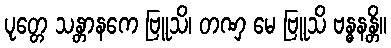
ပုတ္တေ သန္တာနကေ ဗြူသိ၊ တဏှ မေ ဗြူသိ ဗန္ဓနန္တိ။